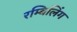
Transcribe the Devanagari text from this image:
रम्बिलिंग